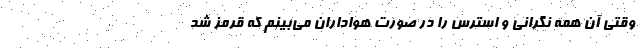
وقتی آن همه نگرانی و استرس را در صورت هواداران می‌بینم که قرمز شد